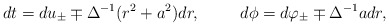
\begin{align*}dt=du_{\pm}\mp \Delta^{-1} (r^2+a^2)dr,\hspace{1cm}d\phi=d\varphi_{\pm}\mp \Delta^{-1}a dr ,\end{align*}